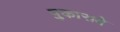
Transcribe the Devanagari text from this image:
पुकारावे